Report of the King Institute of Preventive Medicine, Guindy
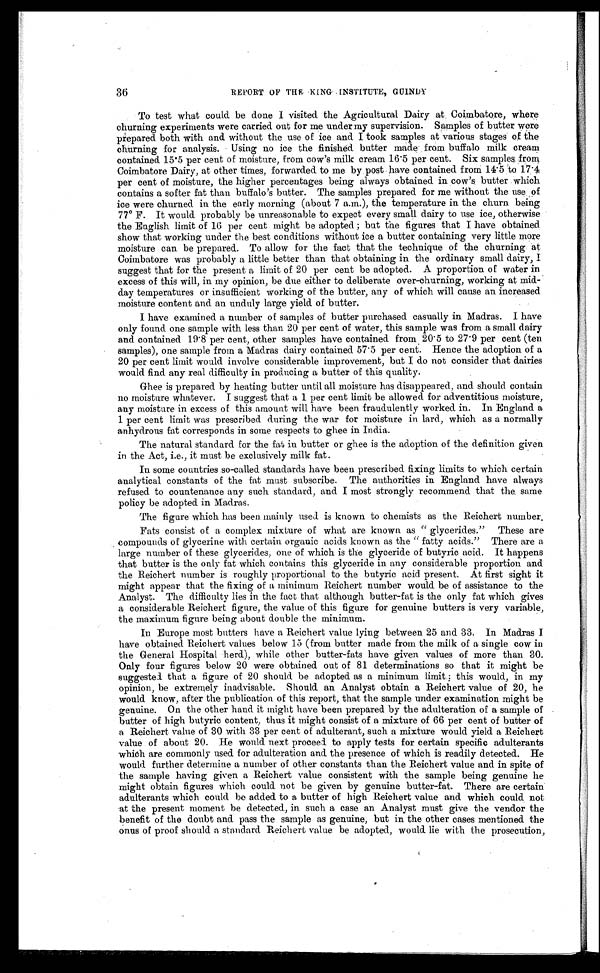
36
REPORT OF THE KING INSTITUTE, GUINDY
To test what could be done I visited the Agricultural Dairy at . Coimbatore, where
churning experiments were carried out for me under my supervision. Samples of butter were
prepared both with and without the use of ice and I took samples at various stages of the
churning for analysis. Using no ice the finished. butter made from buffalo milk cream
contained. 15.5 per cent of moisture, from cow's milk cream 16.5 per cent. Six samples from
Coimbatore Dairy, at other times, forwarded to me by post have contained. from 14.5 to 17.4
per cent of moisture, the higher percentages being always obtained in cow's butter which
contains a softer fat than buffalo's butter. The samples prepared. for me without the use of
ice were churned in the early morning (about 7 a.m.), the temperature in the churn being
77° F. It would probably be unreasonable to expect every small dairy to use ice, otherwise
the English limit of 16 per cent might be adopted; but the figures that I have obtained
show that working under the best conditions without ice a butter containing very little more
moisture can be prepared. To allow for the fact that the technique of the churning at
Coimbatore was probably a little better than that obtaining in the ordinary small dairy,
I suggest that for the present a limit of 20 per cent be adopted. A proportion of water in.
excess of this will, in my opinion, be due either to deliberate over-churning, working at mid--
day temperatures or insufficient working of the butter, any of which will cause an increased
moisture content and an unduly large yield of butter.
I have examined a number of samples of butter purchased casually in Madras. I have
only found one sample with less than 20 per cent of water, this sample was from a small dairy
and contained 19.8 per cent, other samples have contained. from 20.5 to 27.9 per cent (ten
samples), one sample from a Madras dairy contained 57.5 per cent. Hence the adoption of a
20 per cent limit would involve considerable improvement, but I do not consider that dairies
would find any real difficulty in producing a butter of this quality.
Ghee is prepared by heating butter until all moisture has disappeared, and should contain
no moisture whatever. I suggest that a 1 per cent limit be allowed for adventitious moisture,
any moisture in excess of this amount will have been. fraudulently worked in. In England a
1 per cent limit was prescribed during the war for moisture in lard, which as a normally
anhydrous fat corresponds in some respects to ghee in India.
The natural standard for the fat in butter or ghee is the adoption of the definition. given
in the Act, i.e., it must be exclusively milk fat.
In some countries so-called standards have been prescribed fixing limits to which certain
analytical constants of the fat must subscribe. The authorities in England have always
refused to countenance any such standard, and I most strongly recommend that the same
policy be adopted in Madras.
The figure which has been. mainly used is known to chemists as the Reichert number.
Fats consist of a complex mixture of what are known as "glycerides." These are
compounds of glycerine with certain organic acids known as the "fatty acids." There are a
large number of these glycerides, one of which is the glyceride of butyric acid. It happens
that butter is the only fat which contains this glyceride in any considerable proportion and
the Reichert number is roughly proportional to the butyric acid present. At first sight it
might appear that the fixing of a minimum Reichert number would be of assistance to the
Analyst. The difficulty lies in the fact that although butter-fat is the only fat which gives
a considerable Reichert figure, the value of this figure for genuine butters is very variable,
the maximum figure being about double the minimum.
In Europe most butters have a Reichert value lying between 25 and 33. In Madras I
have obtained Reichert values below 15 (from butter made from the milk of a single cow in
the General Hospital herd), while other butter-fats have given values of more than 30.
Only four figures below 20 were obtained out of 81 determinations so that it might be
suggested that a figure of 20 should be adopted as a minimum limit; this would, in my
opinion., be extremely inadvisable. Should an Analyst obtain a Reichert value of 20, he
would know, after the publication of this report, that the sample under examination might be
genuine. On the other hand it might have been prepared by the adulteration of a sample of
butter of high butyric content, thus it might consist of a mixture of 66 per cent of butter of
a, Reichert value of 30 with 33 per cent of adulterant, such a mixture would yield a Reichert
value of about 20. He would next proceed to apply tests for certain specific adulterants
which are commonly used for adulteration and the presence of which is readily detected. He
would further determine a number of other constants than the Reichert value and in spite of
the sample having given a Reichert value consistent with the sample being genuine he
might obtain figures which could not be given by genuine butter-fat. There are certain
adulterants which could be added to a butter of high Reichert value and which could not
at the present moment be detected, in such a case an Analyst must give the vendor the
benefit of the doubt and pass the sample as genuine, but in the other cases mentioned the
onus of proof should a standard Reichert value be adopted, would lie with the prosecution,